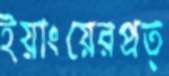
ইয়াংয়েরপ্রত্